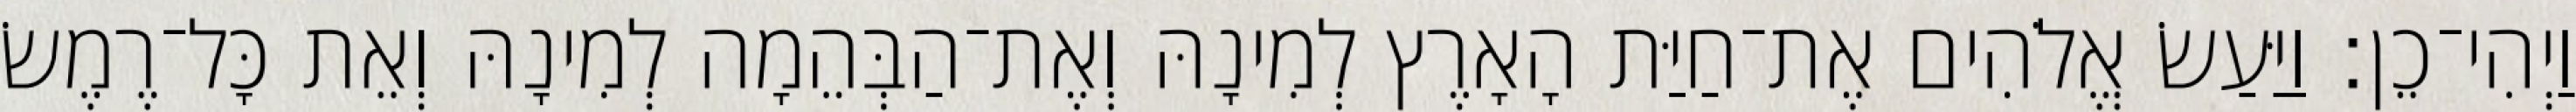
וַיְהִי־כֵן׃ וַיַּעַשׂ אֱלֹהִים אֶת־חַיַּת הָאָרֶץ לְמִינָהּ וְאֶת־הַבְּהֵמָה לְמִינָהּ וְאֵת כָּל־רֶמֶשׂ